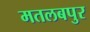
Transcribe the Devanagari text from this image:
मतलबपुर